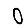
Digit: 0